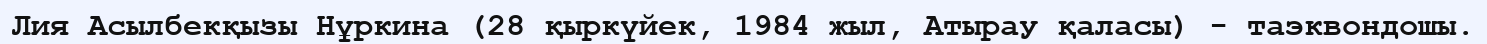
Лия Асылбекқызы Нұркина (28 қыркүйек, 1984 жыл, Атырау қаласы) - таэквондошы.